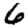
Digit: 6